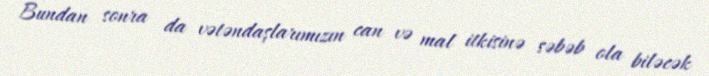
Bundan sonra da vətəndaşlarımızın can və mal itkisinə səbəb ola biləcək